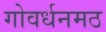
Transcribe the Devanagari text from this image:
गोवर्धनमठ